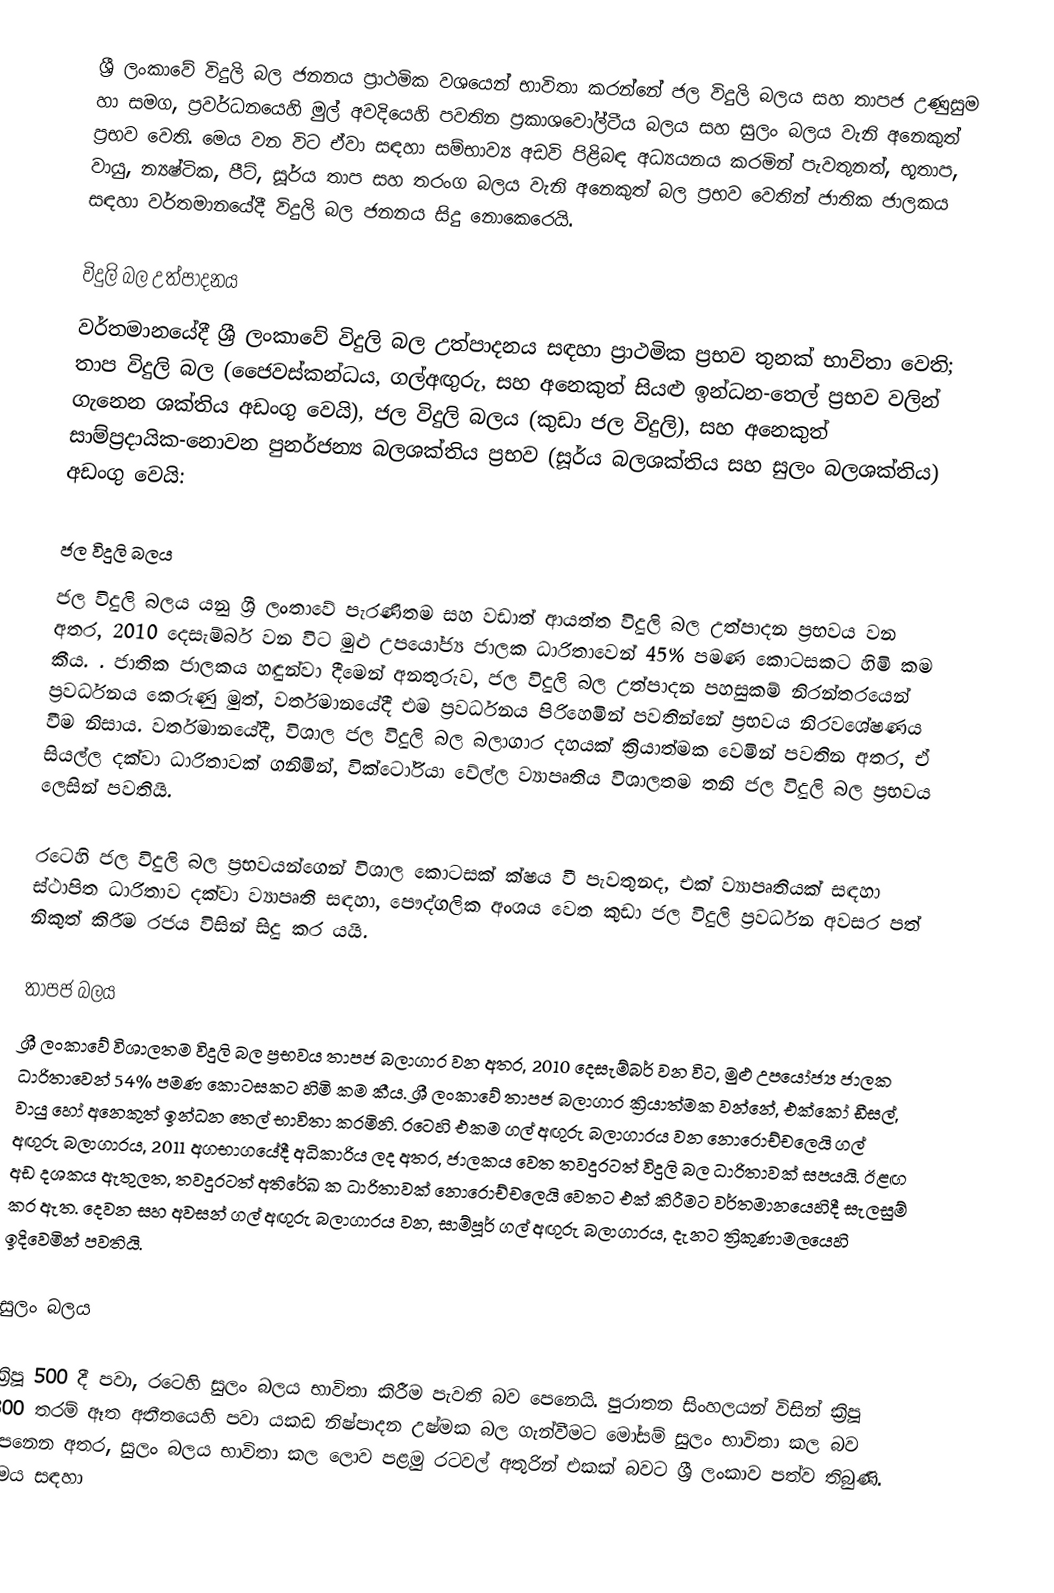
ශ්‍රී ලංකාවේ විදුලි බල ජනනය ප්‍රාථමික වශයෙන් භාවිතා කරන්නේ ජල විදුලි බලය සහ  තාපජ උණුසුම හා සමග, ප්‍රවර්ධනයෙහි මුල් අවදියෙහි පවතින ප්‍රකාශවෝල්ටීය බලය සහ  සුලං බලය වැනි අනෙකුත් ප්‍රභව වෙති. මෙය වන විට ඒවා සඳහා සම්භාව්‍ය අඩවි පිළිබඳ අධ්‍යයනය කරමින් පැවතුනත්, භූතාප, වායු, න්‍යෂ්ටික, පීට්, සූර්ය තාප සහ තරංග  බලය වැනි අනෙකුත් බල ප්‍රභව වෙතින් ජාතික ජාලකය සඳහා වර්තමානයේදී විදුලි බල ජනනය සිදු නොකෙරෙයි.

විදුලි බල උත්පාදනය
වර්තමානයේදී ශ්‍රී ලංකාවේ විදුලි බල උත්පාදනය සඳහා ප්‍රාථමික ප්‍රභව තුනක් භාවිතා වෙති; තාප විදුලි බල (ජෛවස්කන්ධය, ගල්අඟුරු, සහ අනෙකුත් සියළු  ඉන්ධන-තෙල් ප්‍රභව වලින් ගැනෙන ශක්තිය අඩංගු වෙයි), ජල විදුලි බලය (කුඩා ජල විදුලි), සහ අනෙකුත් සාම්ප්‍රදායික-නොවන පුනර්ජන්‍ය බලශක්තිය ප්‍රභව  (සූර්ය බලශක්තිය සහ සුලං බලශක්තිය) අඩංගු වෙයි:

ජල විදුලි බලය
ජල විදුලි බලය යනු ශ්‍රී ලංතාවේ පැරණිතම සහ වඩාත් ආයත්ත විදුලි බල උත්පාදන ප්‍රභවය වන අතර, 2010 දෙසැම්බර් වන විට මුළු  උපයෝජ්‍ය ජාලක ධාරිතාවෙන් 45% පමණ කොටසකට හිමි කම කීය. . ජාතික ජාලකය හඳුන්වා දීමෙන් අනතුරුව, ජල විදුලි බල උත්පාදන පහසුකම් නිරන්තරයෙන් ප්‍රවර්ධනය  කෙරුණු මුත්, වර්තමානයේදී එම ප්‍රවර්ධනය පිරිහෙමින් පවතින්නේ ප්‍රභවය නිරවශේෂණය වීම නිසාය. වර්තමානයේදී, විශාල ජල විදුලි බල බලාගාර දහයක් ක්‍රියාත්මක වෙමින් පවතින අතර, ඒ සියල්ල   දක්වා ධාරිතාවක් ගනිමින්, වික්ටෝරියා වේල්ල  ව්‍යාපෘතිය විශාලතම තනි ජල විදුලි බල ප්‍රභවය ලෙසින් පවතියි.

රටෙහි ජල විදුලි බල ප්‍රභවයන්ගෙන් විශාල කොටසක් ක්ෂය වී පැවතුනද, එක් ව්‍යාපෘතියක් සඳහා ස්ථාපිත ධාරිතාව  දක්වා ව්‍යාපෘති සඳහා, පෞද්ගලික අංශය වෙත කුඩා ජල විදුලි ප්‍රවර්ධන අවසර පත් නිකුත් කිරීම රජය විසින් සිදු කර යයි.

තාපජ බලය
ශ්‍රී ලංකාවේ විශාලතම විදුලි බල ප්‍රභවය තාපජ බලාගාර වන අතර, 2010 දෙසැම්බර් වන විට, මුළු  උපයෝජ්‍ය ජාලක ධාරිතාවෙන් 54% පමණ කොටසකට හිමි කම කීය.  ශ්‍රී ලංකාවේ තාපජ බලාගාර ක්‍රියාත්මක වන්නේ, එක්කෝ ඩීසල්, වායු හෝ අනෙකුත් ඉන්ධන තෙල් භාවිතා කරමිනි. රටෙහි එකම ගල් අඟුරු බලාගාරය වන  නොරොච්චලෙයි ගල් අඟුරු බලාගාරය, 2011 අගභාගයේදී අධිකාරිය ලද අතර, ජාලකය වෙත තවදුරටත්   විදුලි බල ධාරිතාවක් සපයයි. ඊළඟ අඩ දශකය ඇතුලත, තවදුරටත් අතිරේඛ  ක ධාරිතාවක්  නොරොච්චලෙයි වෙතට එක් කිරීමට වර්තමානයෙහිදී සැලසුම් කර ඇත. දෙවන සහ අවසන් ගල් අඟුරු බලාගාරය වන, සාම්පූර් ගල් අඟුරු බලාගාරය, දැනට ත්‍රිකුණාමලයෙහි ඉදිවෙමින් පවතියි.

සුලං බලය

ක්‍රිපූ 500 දී පවා, රටෙහි සුලං බලය භාවිතා කිරීම පැවති බව පෙනෙයි. පුරාතන සිංහලයන් විසින් ක්‍රිපූ 300 තරම් ඈත අතීතයෙහි පවා යකඩ නිෂ්පාදන උෂ්මක බල ගැන්වීමට  මෝසම් සුලං භාවිතා කල බව පෙනෙන අතර, සුලං බලය භාවිතා කල ලොව පළමු රටවල් අතුරින් එකක් බවට ශ්‍රී ලංකාව පත්ව තිබුණි. මෙය සඳහා